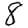
Digit: 8